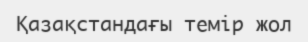
Қазақстандағы темір жол